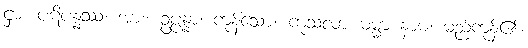
ငှာ။ ပဋိပန္နဿ၊ အား။ ဥပ္ပန္နာ၊ ကုန်သော။ ကုသလာ ဓမ္မာ နာမ၊ မည်ကုန်၏။